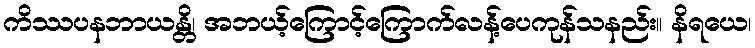
ကိဿပနဘာယန္တိ၊ အဘယ့်ကြောင့်ကြောက်လန့်ပေကုန်သနည်း။ နိရယေ၊